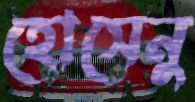
হোসেনু